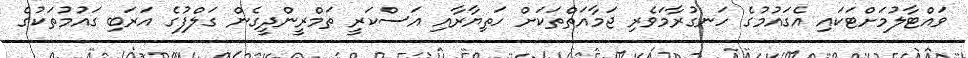
ވައްޓާލުމަށްޓަކައި އެގައުމުގެ ހަނގުރާމަވެރި ޖަމާއަތްތަކަށް ހަތިޔާރާއި އަސްކަރީ ތަމްރީންދީގެން ގަލްފުގެ އަރަބި ގައުމުތަކުގެ